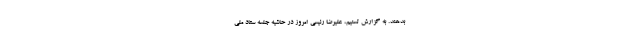
بدهند. به گزارش تسنیم، علیرضا رئیسی امروز در حاشیه جلسه ستاد ملی